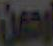
يمين